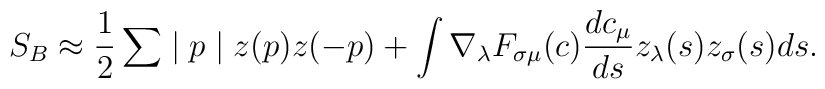
S_{B}\approx \frac{1}{2}\sum \mid p\mid z(p)z(-p)+\int \nabla _{\lambda}F_{\sigma \mu }(c)\frac{dc_{\mu }}{ds}z_{\lambda }(s)z_{\sigma }(s)ds.